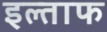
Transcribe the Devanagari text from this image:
इल्ताफ